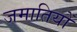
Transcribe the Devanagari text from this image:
जमातियों